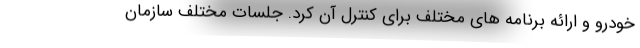
خودرو و ارائه برنامه های مختلف برای کنترل آن کرد. جلسات مختلف سازمان